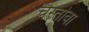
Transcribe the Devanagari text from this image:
चेस्तोवा